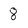
Character: 8